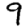
Digit: 9